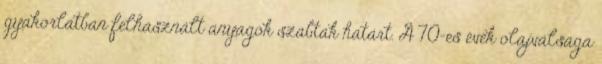
gyakorlatban felhasznált anyagok szabtak határt. A 70-es évek olajválsága